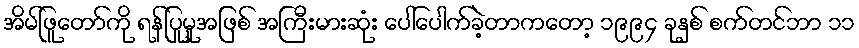
အိမ်ဖြူတော်ကို ရန်ပြုမှုအဖြစ် အကြီးမားဆုံး ပေါ်ပေါက်ခဲ့တာကတော့ ၁၉၉၄ ခုနှစ် စက်တင်ဘာ ၁၁